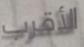
الأقرب